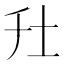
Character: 圱